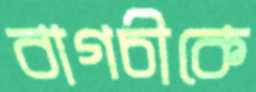
বাগচীকে